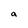
Character: a